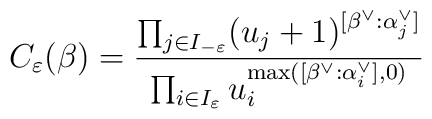
C_\varepsilon (\beta) = \frac{\prod_{j\in I_{-\varepsilon}}(u_j + 1)^{[\beta^\vee : \alpha^\vee_j]}}{\prod_{i\in I_\varepsilon}u_i^{\max ([\beta^\vee : \alpha^\vee_i],0)}}